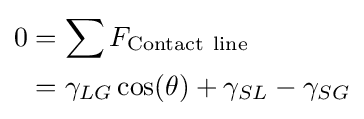
{\begin{aligned}0&=\sum F_{\mathrm {Contact\ line} }\\&=\gamma _{LG}\cos(\theta )+\gamma _{SL}-\gamma _{SG}\end{aligned}}